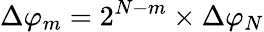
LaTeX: \Delta{{\varphi}_{m}}={{2}^{N-m}}\times\Delta{{\varphi}_{N}}